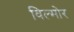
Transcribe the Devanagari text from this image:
विल्मोर